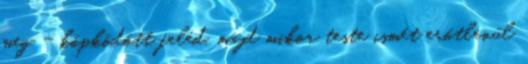
meg - köpködött feléd, majd mikor teste ismét erőtlenül